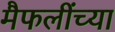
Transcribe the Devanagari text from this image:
मैफलींच्या